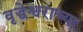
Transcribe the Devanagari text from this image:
वृद्धेश्वराच्या